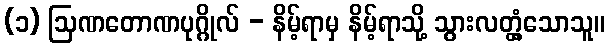
(၁) ဩဏတောဏပုဂ္ဂိုလ် - နိမ့်ရာမှ နိမ့်ရာသို့ သွားလတ္တံ့သောသူ။